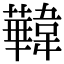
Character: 𩏧